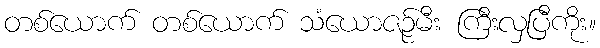
တစ်ယောက် တစ်ယောက် သံယောဇဉ်မီး ကြီးလှပြီကိုး။